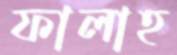
ফালাহ